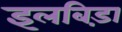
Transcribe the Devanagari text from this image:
इलबिड़ा